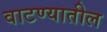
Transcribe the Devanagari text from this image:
वाटण्यातील